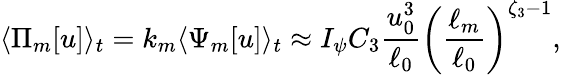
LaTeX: \langle\Pi_{m}[u]\rangle_{t}=k_{m}\langle\Psi_{m}[u]\rangle_{t}\approx I_{\psi}C_{3}\frac{u_{0}^{3}}{\ell_{0}}\left(\frac{\ell_{m}}{\ell_{0}}\right)^{\zeta_{3}-1},